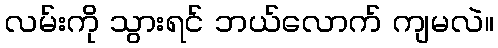
လမ်းကို သွားရင် ဘယ်လောက် ကျမလဲ။